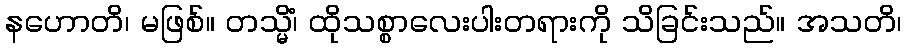
နဟောတိ၊ မဖြစ်။ တသ္မိံ၊ ထိုသစ္စာလေးပါးတရားကို သိခြင်းသည်။ အသတိ၊